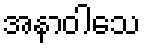
အနာဝါသေ